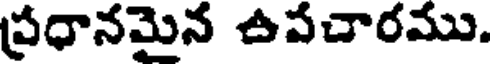
ప్రధానమైన ఉపచారము.